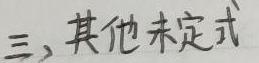
三、其他未定式